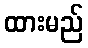
ထားမည်